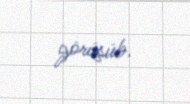
görüşüb.